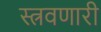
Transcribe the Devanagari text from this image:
स्त्रवणारी